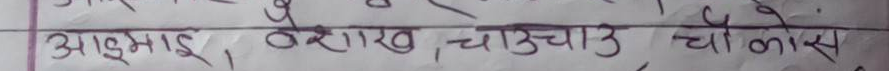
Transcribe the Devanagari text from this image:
आडुमाई, वेशींख, चाउचाउ, चाउचाउस